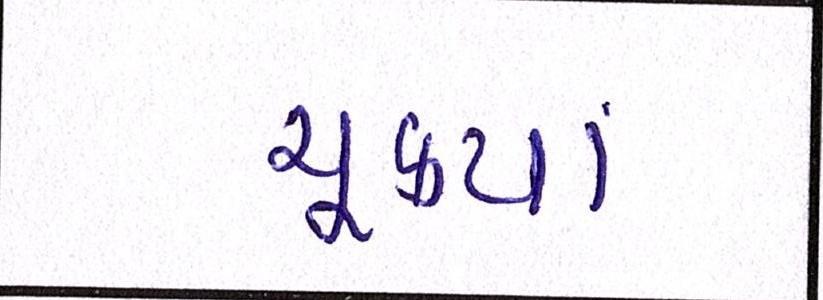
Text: ચૂક્યા